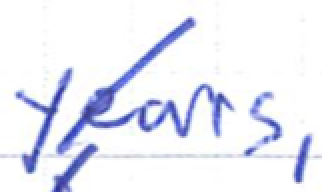
Text: years,
Cross-out: diagonal
Writing tool: ballpoint